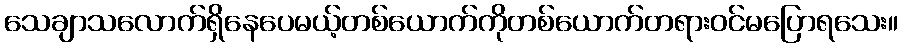
သေချာသလောက်ရှိနေပေမယ့်တစ်ယောက်ကိုတစ်ယောက်တရားဝင်မပြောရသေး။